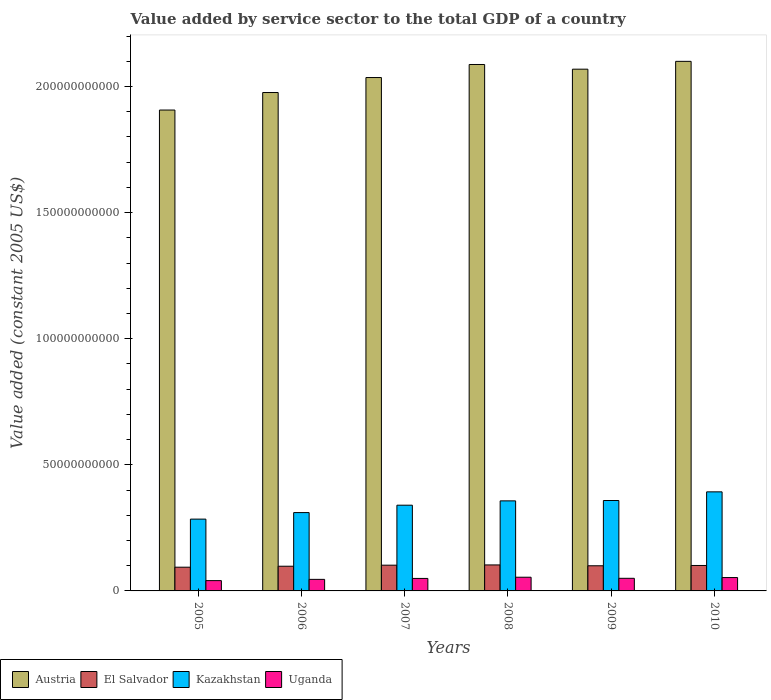
| Years | Austria | El Salvador | Kazakhstan | Uganda |
 | --- | --- | --- | --- | --- |
 | 2005 | 1.91e+11 | 9.41e+09 | 2.85e+10 | 4.08e+09 |
 | 2006 | 1.98e+11 | 9.79e+09 | 3.11e+10 | 4.58e+09 |
 | 2007 | 2.04e+11 | 1.02e+10 | 3.4e+10 | 4.95e+09 |
 | 2008 | 2.09e+11 | 1.03e+10 | 3.57e+10 | 5.43e+09 |
 | 2009 | 2.07e+11 | 9.97e+09 | 3.58e+10 | 5e+09 |
 | 2010 | 2.1e+11 | 1.01e+10 | 3.93e+10 | 5.3e+09 |